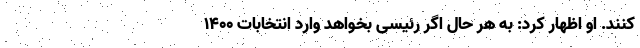
کنند. او ‌اظهار کرد: به هر حال اگر رئیسی بخواهد وارد انتخابات ۱۴۰۰